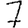
Digit: 7